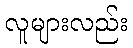
လူများလည်း